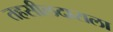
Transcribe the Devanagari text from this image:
तहसीलदाराला